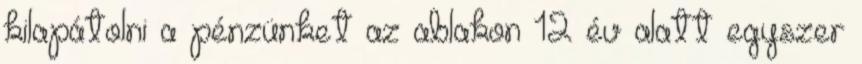
kilapátolni a pénzünket az ablakon 12 év alatt egyszer